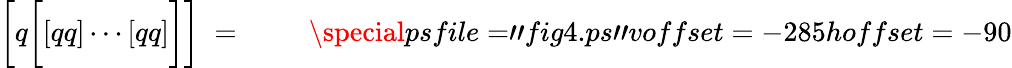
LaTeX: \biggl[q\biggl[[qq]\cdots[qq]\biggr]\biggr]\; =\; \left.\qquad\right.\special{psfile="fig4.ps"voffset=-285hoffset=-90}